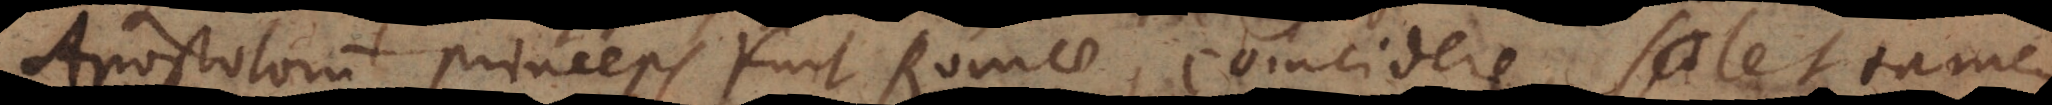
Apostolorum princeps fuit Romae, coincidere, solet tamen